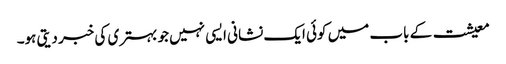
معیشت کے باب میں کوئی ایک نشانی ایسی نہیں جو بہتری کی خبر دیتی ہو۔